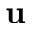
\textbf { u }